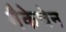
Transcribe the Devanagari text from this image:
मैकेचेन